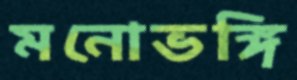
মনোভঙ্গি